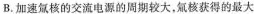
B. 加速氚核的交流电源的周期较大，氚核获得的最大